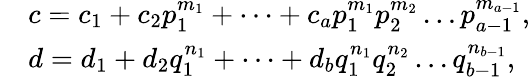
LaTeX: \begin{array}{rl}&{c=c_{1}+c_{2}p_{1}^{m_{1}}+\dots+c_{a}p_{1}^{m_{1}}p_{2}^{m_{2}}\ldots p_{a-1}^{m_{a-1}},}\\ &{d=d_{1}+d_{2}q_{1}^{n_{1}}+\dots+d_{b}q_{1}^{n_{1}}q_{2}^{n_{2}}\ldots q_{b-1}^{n_{b-1}},}\end{array}